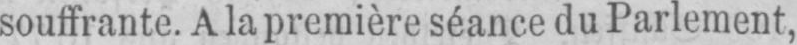
souffrante. A la première séance du Parlement,